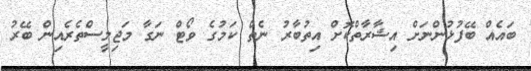
ބައެއް ބޭފުޅުންނަށް އިޝާރާތްކޮށް އިތުބާރު ނެތް ކަމުގެ ވޯޓް ނަގާ މަޖިލީސްތެރެއިން ބޭރު